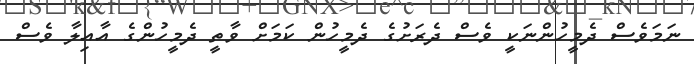
ނަމަވެސް ދެމީހުންނަކީ ވެސް ދެރަށުގެ ދެމީހުން ކަމަށް ވާތީ ދެމީހުންގެ އާއިލާ ވެސް